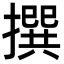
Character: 撰